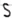
Text: S